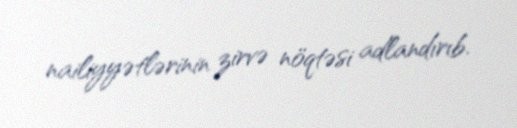
nailiyyətlərinin zirvə nöqtəsi adlandırıb.